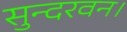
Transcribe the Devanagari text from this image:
सुन्दरवन।